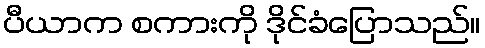
ပီယာက စကားကို ဒိုင်ခံပြောသည်။